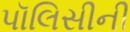
પૉલિસીની